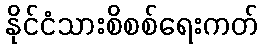
နိုင်ငံသားစိစစ်ရေးကတ်